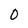
Character: 0